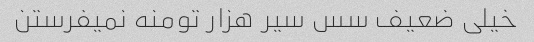
خیلی ضعیف سس سیر هزار تومنه نمیفرستن